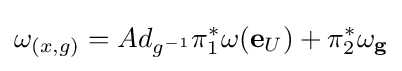
\omega _{(x,g)}=Ad_{g^{-1}}\pi _{1}^{*}\omega (\mathbf {e} _{U})+\pi _{2}^{*}\omega _{\mathbf {g} }